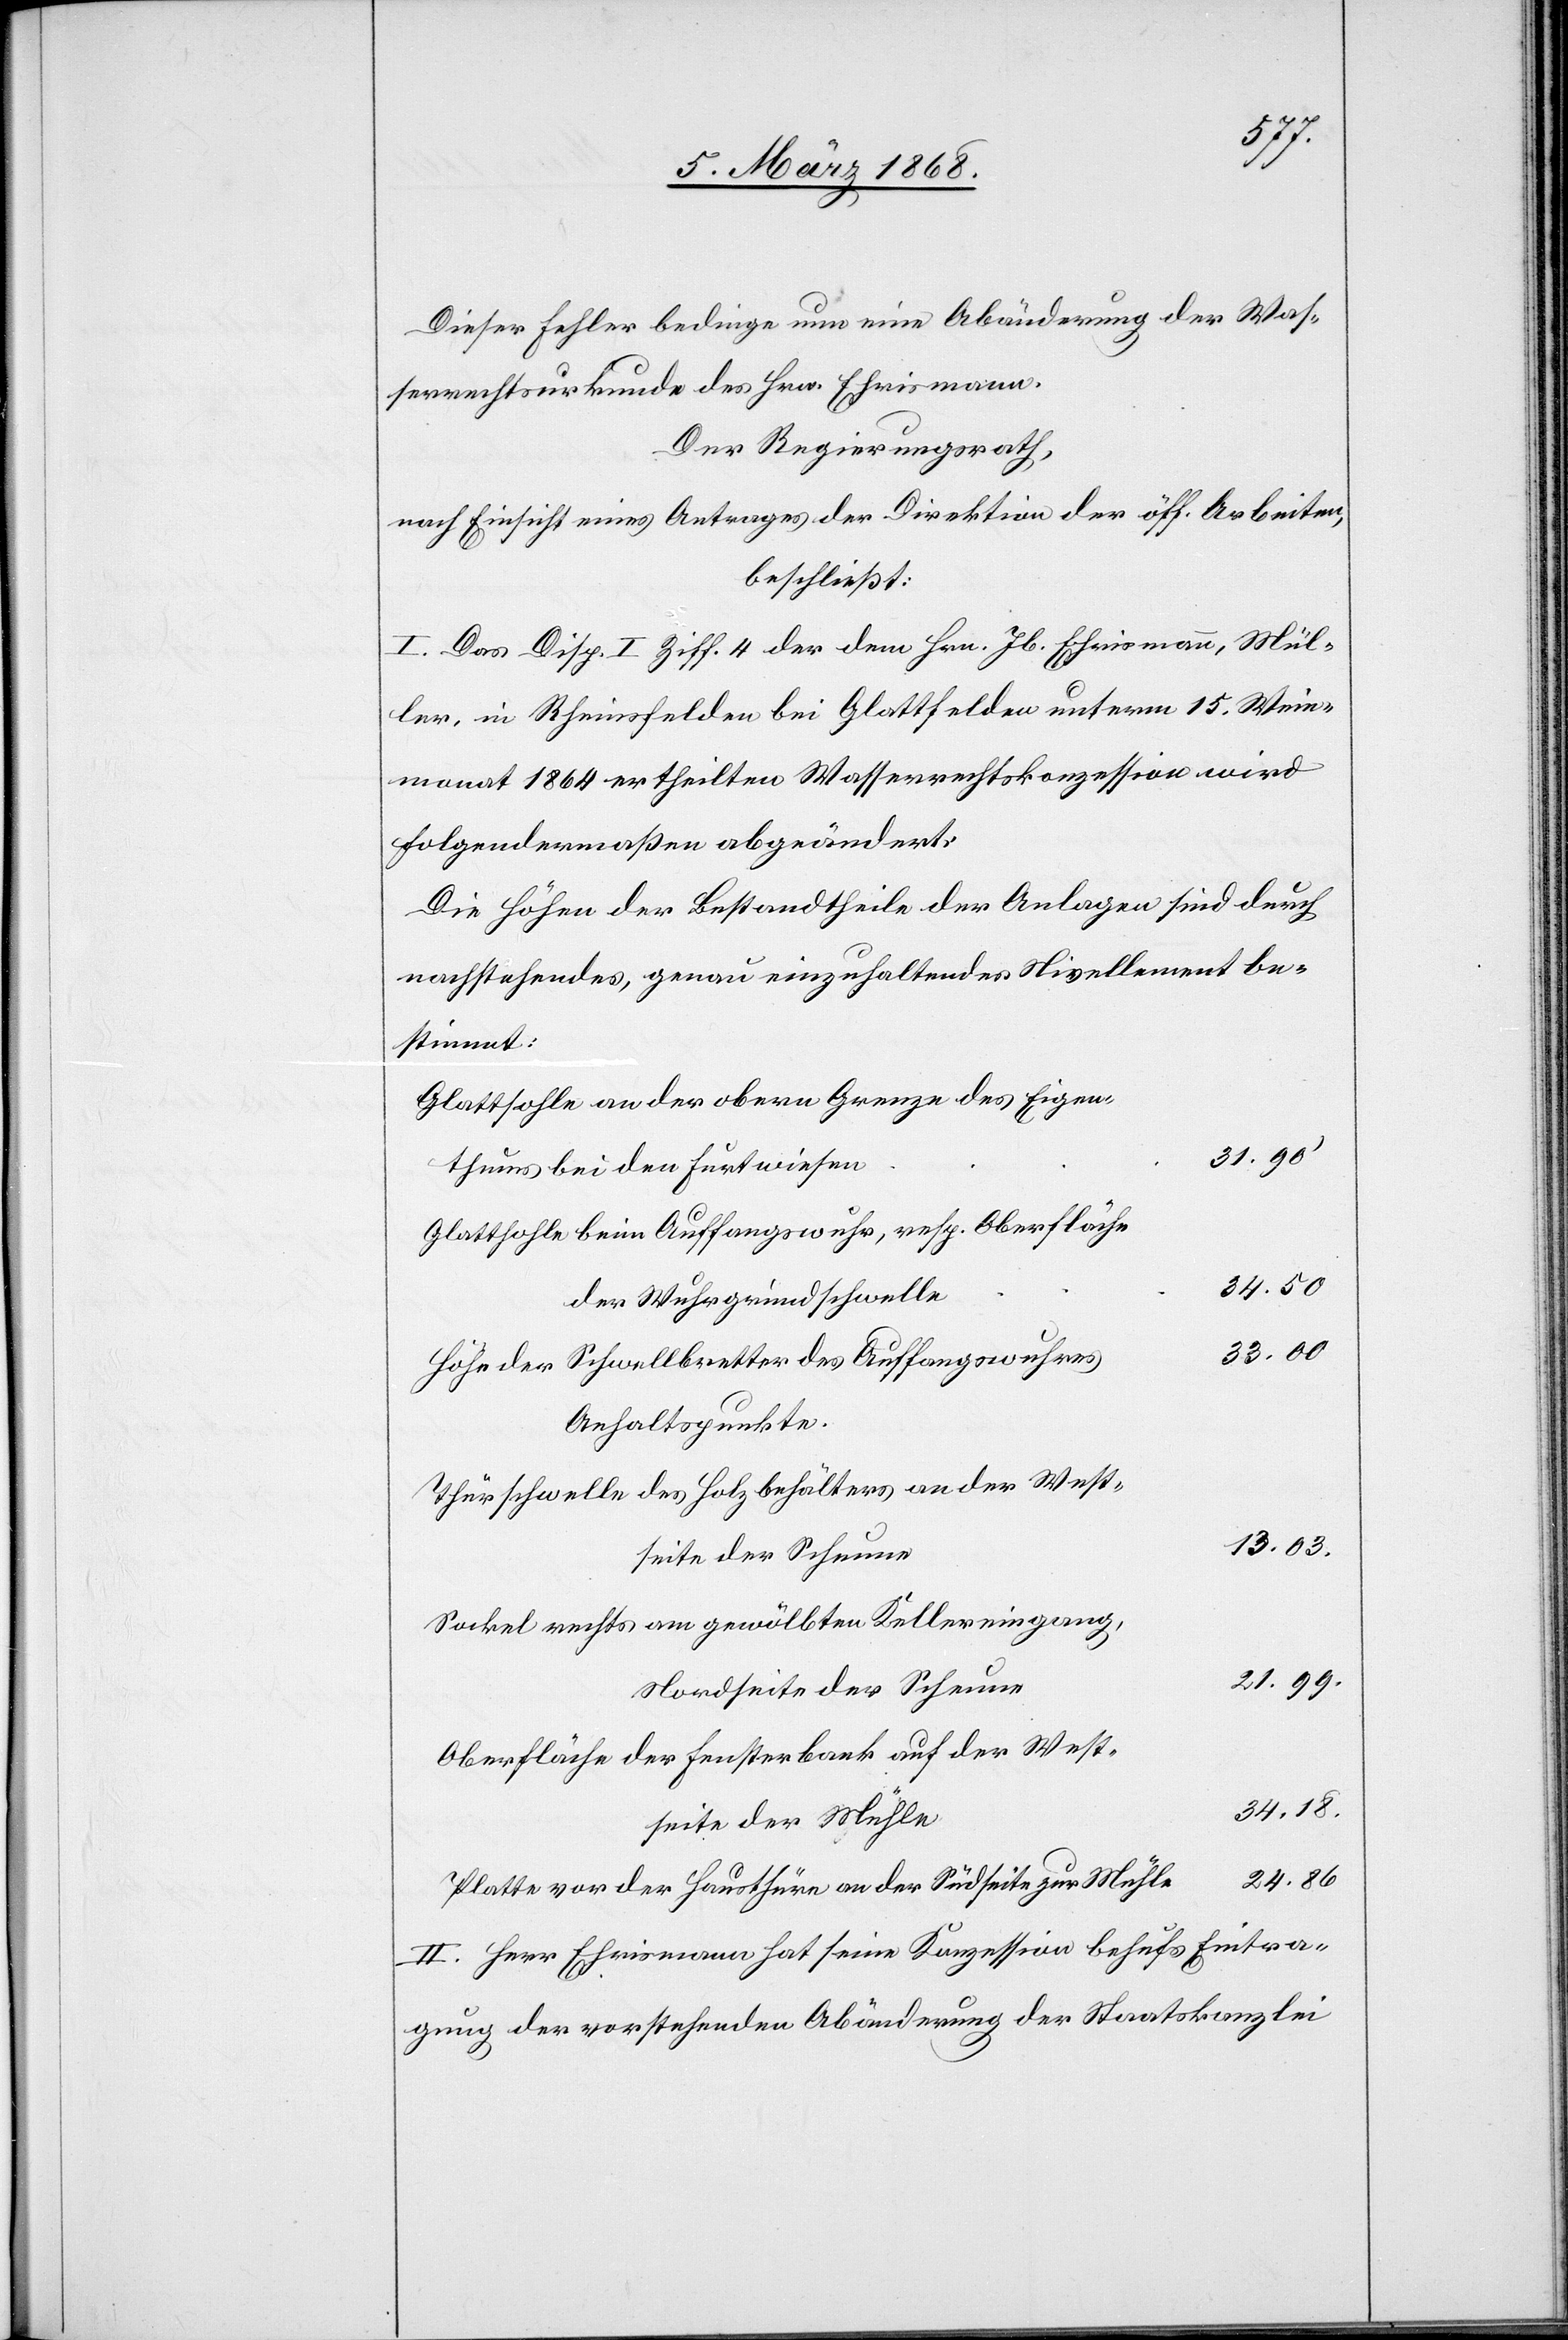
Dieser Fehler bedinge nun eine Abänderung der Was¬
serrechtsurkunde des Hrn. Ehrismann.
Der Regierungsrath,
nach Einsicht eines Antrages der Direktion der öff. Arbeiten,
beschließt:
I. Das Disp. I Ziff. 4 der dem Hrn. Jb. Ehrismann, Mül¬
ler, in Rheinsfelden bei Glattfelden unterm 15. Wein¬
monat 1864 ertheilten Wasserrechtskonzession wird
folgendermaßen abgeändert:
Die Höhen der Bestandtheile der Anlagen sind durch
nachstehendes, genau einzuhaltendes Nivellement be¬
stimmt:
Glattsohle an der obern Grenze des Eigen¬
31.90‘
thums bei den Furtwiesen
Glattsohle beim Auffangswuhr, resp. Oberfläche
34.50
der Wuhrgrundschwelle
33.00
Höhe der Schwellbretter des Auffangswuhres
Anhaltspunkte.
Thürschwelle des Holzbehälters an der West¬
13.03.
seite der Scheune
Sockel rechts am gewölbten Kellereingang,
21.99.
Nordseite der Scheune
Oberfläche der Fensterbank auf der West¬
seite der Mühle
24.86
Platte vor der Hausthüre an der Südseite zur Mühle
II. Herr Ehrismann hat seine Konzession behufs Eintra¬
gung der vorstehenden Abänderung der Staatskanzlei